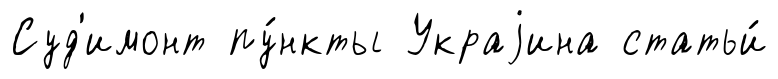
Суд'имонт пу́нкты Украjина статьи́